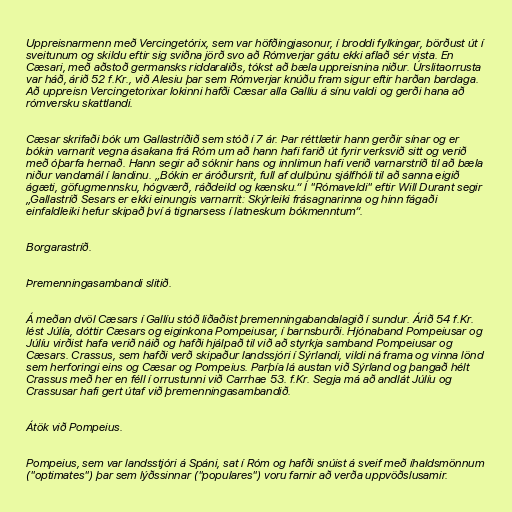
Uppreisnarmenn með Vercingetórix, sem var höfðingjasonur, í broddi fylkingar, börðust út í
sveitunum og skildu eftir sig sviðna jörð svo að Rómverjar gátu ekki aflað sér vista. En
Cæsari, með aðstoð germansks riddaraliðs, tókst að bæla uppreisnina niður. Úrslitaorrusta
var háð, árið 52 f.Kr., við Alesiu þar sem Rómverjar knúðu fram sigur eftir harðan bardaga.
Að uppreisn Vercingetorixar lokinni hafði Cæsar alla Gallíu á sínu valdi og gerði hana að
rómversku skattlandi.

Cæsar skrifaði bók um Gallastríðið sem stóð í 7 ár. Þar réttlætir hann gerðir sínar og er
bókin varnarit vegna ásakana frá Róm um að hann hafi farið út fyrir verksvið sitt og verið
með óþarfa hernað. Hann segir að sóknir hans og innlimun hafi verið varnarstríð til að bæla
niður vandamál í landinu. „Bókin er áróðursrit, full af dulbúnu sjálfhóli til að sanna eigið
ágæti, göfugmennsku, hógværð, ráðdeild og kænsku.“ Í "Rómaveldi" eftir Will Durant segir
„Gallastríð Sesars er ekki einungis varnarrit: Skýrleiki frásagnarinna og hinn fágaði
einfaldleiki hefur skipað því á tignarsess í latneskum bókmenntum“.

Borgarastríð.

Þremenningasambandi slitið.

Á meðan dvöl Cæsars í Gallíu stóð liðaðist þremenningabandalagið í sundur. Árið 54 f.Kr.
lést Júlía, dóttir Cæsars og eiginkona Pompeiusar, í barnsburði. Hjónaband Pompeiusar og
Júlíu virðist hafa verið náið og hafði hjálpað til við að styrkja samband Pompeiusar og
Cæsars. Crassus, sem hafði verð skipaður landssjóri í Sýrlandi, vildi ná frama og vinna lönd
sem herforingi eins og Cæsar og Pompeius. Parþía lá austan við Sýrland og þangað hélt
Crassus með her en féll í orrustunni við Carrhae 53. f.Kr. Segja má að andlát Júlíu og
Crassusar hafi gert útaf við þremenningasambandið.

Átök við Pompeius.

Pompeius, sem var landsstjóri á Spáni, sat í Róm og hafði snúist á sveif með íhaldsmönnum
("optimates") þar sem lýðssinnar ("populares") voru farnir að verða uppvöðslusamir.